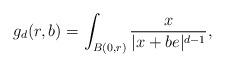
LaTeX: \begin{align*} g_d(r,b)=\int_{B(0,r)} \frac{x}{|x+be|^{d-1}}, \end{align*}